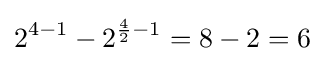
2^{4-1}-2^{{\frac {4}{2}}-1}=8-2=6